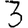
Digit: 3